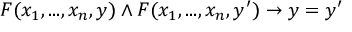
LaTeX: F ( x _ { 1 } , . . . , x _ { n } , y ) \land F ( x _ { 1 } , . . . , x _ { n } , y ^ { \prime } ) \rightarrow y = y ^ { \prime }